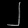
Digit: ၂